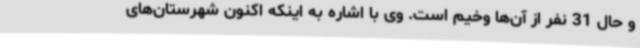
و حال 31 نفر از آن‌ها وخیم است. وی با اشاره به اینکه اکنون شهرستان‌های